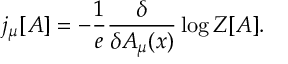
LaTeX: j _ { \mu } [ A ] = - \frac { 1 } { e } \frac { \delta } { \delta A _ { \mu } ( x ) } \log { \cal { Z } } [ A ] .